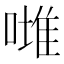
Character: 𠼲